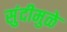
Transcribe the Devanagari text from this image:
सुंदीमुळे